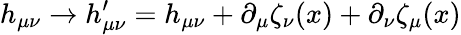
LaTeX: h_{\mu\nu}\rightarrow h_{\mu\nu}^{\prime}=h_{\mu\nu}+\partial_{\mu}\zeta_{\nu}(x)+\partial_{\nu}\zeta_{\mu}(x)